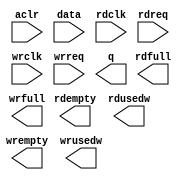
module alt_fifo_64b_8w (
	aclr,
	data,
	rdclk,
	rdreq,
	wrclk,
	wrreq,
	q,
	rdempty,
	rdfull,
	rdusedw,
	wrempty,
	wrfull,
	wrusedw);

	input	  aclr;
	input	[63:0]  data;
	input	  rdclk;
	input	  rdreq;
	input	  wrclk;
	input	  wrreq;
	output	[63:0]  q;
	output	  rdempty;
	output	  rdfull;
	output	[2:0]  rdusedw;
	output	  wrempty;
	output	  wrfull;
	output	[2:0]  wrusedw;
`ifndef ALTERA_RESERVED_QIS
// synopsys translate_off
`endif
	tri0	  aclr;
`ifndef ALTERA_RESERVED_QIS
// synopsys translate_on
`endif

endmodule